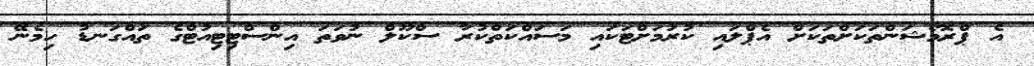
އެ ޕްރޮމޯޝަންތަކަށްތަކަށް އެޕްލައި ކުރުމަށްޓަަކައި މަސައްކަތްކުރާ ސްކޫލް ނުވަތަ އިންސްޓިޓިއުޓްގެ ތައްގަނޑު ހިމެނޭ